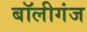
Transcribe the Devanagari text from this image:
बॉलीगंज